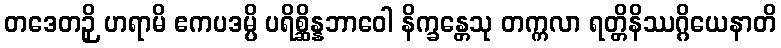
တဒေတဉှိ ဟရာမိ ဧကပဒမ္ပိ ပရိစ္ဆိန္နဘာဝေါ နိက္ခန္တေသု တက္ကလာ ရတ္တိနိဿဂ္ဂိယေနာတိ